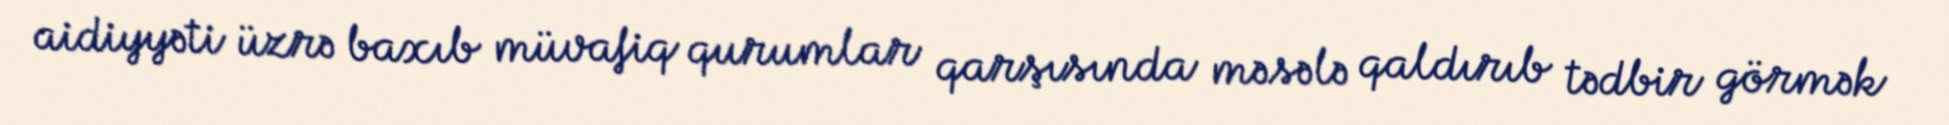
aidiyyəti üzrə baxıb müvafiq qurumlar qarşısında məsələ qaldırıb tədbir görmək